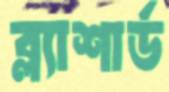
ব্ল্যাশার্ড